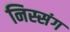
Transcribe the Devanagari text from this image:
निस्संग